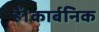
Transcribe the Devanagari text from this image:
हैं।कार्बनिक